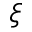
\xi